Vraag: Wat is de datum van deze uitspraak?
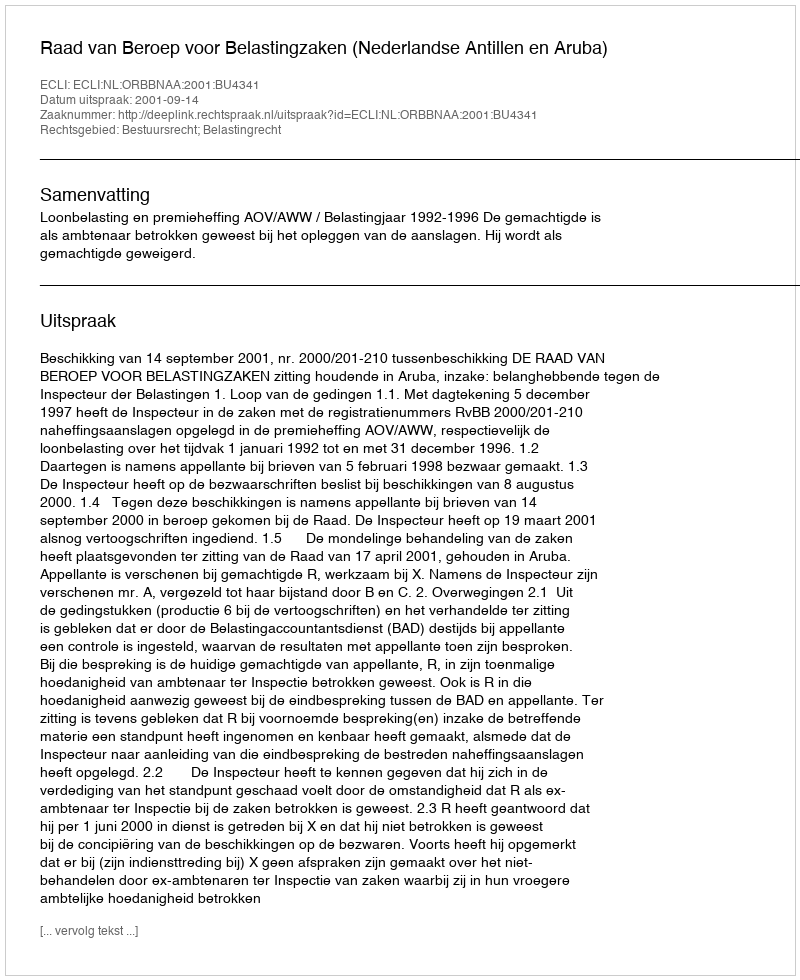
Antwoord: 2001-09-14